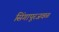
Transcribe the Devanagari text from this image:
सिंगापूरजवळ